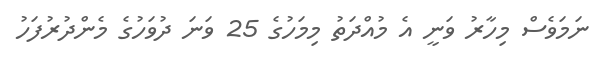
ނަމަވެސް މިހާރު ވަނީ އެ މުއްދަތު މިމަހުގެ 25 ވަނަ ދުވަހުގެ މެންދުރުފަހު